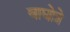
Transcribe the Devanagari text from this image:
वाघोत्रे